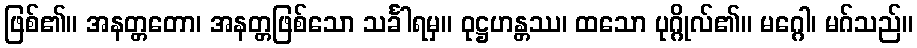
ဖြစ်၏။ အနတ္တတော၊ အနတ္တဖြစ်သော သင်္ခါရမှ။ ဝုဋ္ဌဟန္တဿ၊ ထသော ပုဂ္ဂိုလ်၏။ မဂ္ဂေါ၊ မဂ်သည်။